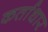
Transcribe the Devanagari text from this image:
कर्ताधार